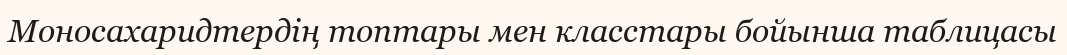
Моносахаридтердің топтары мен класстары бойынша таблицасы